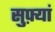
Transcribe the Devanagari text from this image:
सुफ़्यां